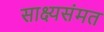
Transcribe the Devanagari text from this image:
साक्ष्यसंमत